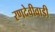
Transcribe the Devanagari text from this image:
रणदेवीवाडी